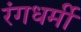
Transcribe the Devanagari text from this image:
रंगधर्मी